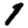
Digit: 1